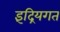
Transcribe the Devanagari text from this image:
इंद्रियगत